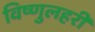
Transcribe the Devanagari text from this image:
विष्णुलहरी